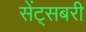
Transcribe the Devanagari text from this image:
सेंट्सबरी